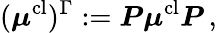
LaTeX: (\boldsymbol{\mu}^{\mathrm{cl}})^{\Gamma}:=\boldsymbol{P}\boldsymbol{\mu}^{\mathrm{cl}}\boldsymbol{P}\, ,